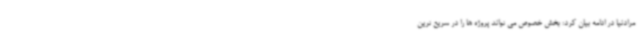
مرادنیا در ادامه بیان کرد: بخش خصوص می تواند پروژه ها را در سریع ترین